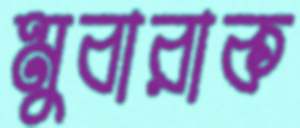
মুবারাক